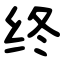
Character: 终